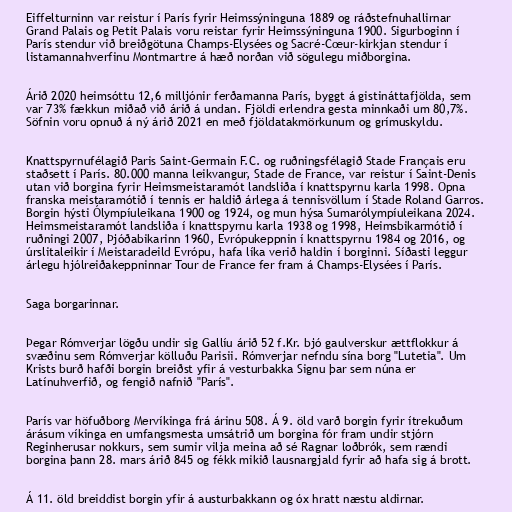
Eiffelturninn var reistur í París fyrir Heimssýninguna 1889 og ráðstefnuhallirnar
Grand Palais og Petit Palais voru reistar fyrir Heimssýninguna 1900. Sigurboginn í
París stendur við breiðgötuna Champs-Elysées og Sacré-Cœur-kirkjan stendur í
listamannahverfinu Montmartre á hæð norðan við sögulegu miðborgina.

Árið 2020 heimsóttu 12,6 milljónir ferðamanna París, byggt á gistináttafjölda, sem
var 73% fækkun miðað við árið á undan. Fjöldi erlendra gesta minnkaði um 80,7%.
Söfnin voru opnuð á ný árið 2021 en með fjöldatakmörkunum og grímuskyldu.

Knattspyrnufélagið Paris Saint-Germain F.C. og ruðningsfélagið Stade Français eru
staðsett í París. 80.000 manna leikvangur, Stade de France, var reistur í Saint-Denis
utan við borgina fyrir Heimsmeistaramót landsliða í knattspyrnu karla 1998. Opna
franska meistaramótið í tennis er haldið árlega á tennisvöllum í Stade Roland Garros.
Borgin hýsti Ólympíuleikana 1900 og 1924, og mun hýsa Sumarólympíuleikana 2024.
Heimsmeistaramót landsliða í knattspyrnu karla 1938 og 1998, Heimsbikarmótið í
ruðningi 2007, Þjóðabikarinn 1960, Evrópukeppnin í knattspyrnu 1984 og 2016, og
úrslitaleikir í Meistaradeild Evrópu, hafa líka verið haldin í borginni. Síðasti leggur
árlegu hjólreiðakeppninnar Tour de France fer fram á Champs-Elysées í París.

Saga borgarinnar.

Þegar Rómverjar lögðu undir sig Gallíu árið 52 f.Kr. bjó gaulverskur ættflokkur á
svæðinu sem Rómverjar kölluðu Parisii. Rómverjar nefndu sína borg "Lutetia". Um
Krists burð hafði borgin breiðst yfir á vesturbakka Signu þar sem núna er
Latínuhverfið, og fengið nafnið "París".

París var höfuðborg Mervíkinga frá árinu 508. Á 9. öld varð borgin fyrir ítrekuðum
árásum víkinga en umfangsmesta umsátrið um borgina fór fram undir stjórn
Reginherusar nokkurs, sem sumir vilja meina að sé Ragnar loðbrók, sem rændi
borgina þann 28. mars árið 845 og fékk mikið lausnargjald fyrir að hafa sig á brott.

Á 11. öld breiddist borgin yfir á austurbakkann og óx hratt næstu aldirnar.